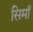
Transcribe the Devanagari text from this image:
सिमाँ